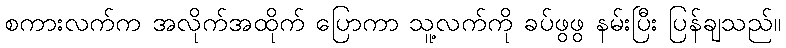
စကားလက်က အလိုက်အထိုက် ပြောကာ သူ့လက်ကို ခပ်ဖွဖွ နမ်းပြီး ပြန်ချသည်။